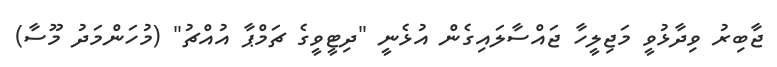
ޖާބިރު ވިދާޅުވީ މަޖިލީހާ ޖައްސާލައިގެން އުޅެނީ "ދިޓީވީގެ ޗަމްޕާ އުއްޗު" (މުހަންމަދު މޫސާ)